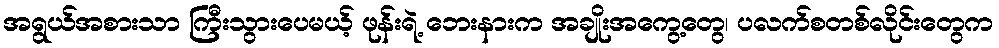
အရွယ်အစားသာ ကြီးသွားပေမယ့် ဖုန်းရဲ့ ဘေးနားက အချိုးအကွေ့တွေ၊ ပလက်စတစ်လိုင်းတွေက